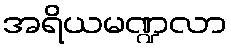
အရိယမဏ္ဍလာ